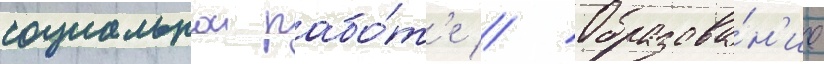
социальнои рабо́т'е // Образова́н'ие